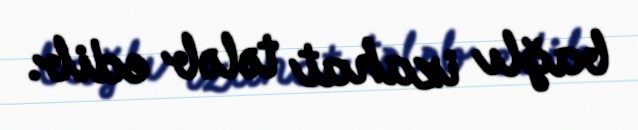
bağlı izahat tələb edib.